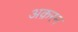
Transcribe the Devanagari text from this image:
अक़रम